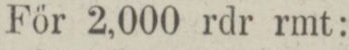
För 2,000 rdr rmt: